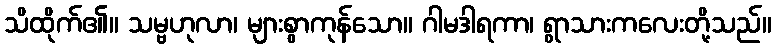
သိထိုက်၏။ သမ္ဗဟုလာ၊ များစွာကုန်သော။ ဂါမဒါရကာ၊ ရွာသားကလေးတို့သည်။